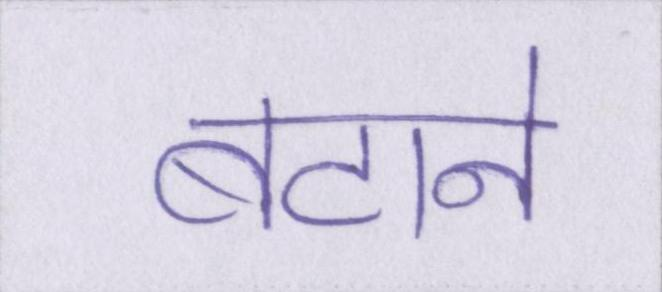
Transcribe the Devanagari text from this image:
बटाने